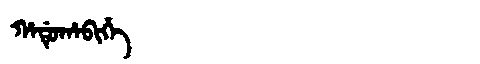
Manchu: ᡥᠠᡩᡠᡥᠠᠪᡳᡥᡝ
Romanization: HADUHABIHE